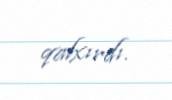
qalxırdı.